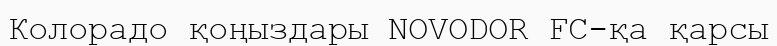
Колорадо қоңыздары NOVODOR FC-қа қарсы